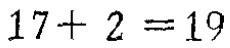
$17 + 2 = 19$